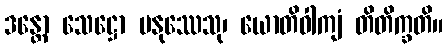
ဒန္တော သေဋ္ဌော မနုဿေသု၊ ယောတိဝါကျံ တိတိက္ခတိ။